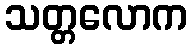
သတ္တလောက